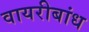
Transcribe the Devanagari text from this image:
वायरीबांध